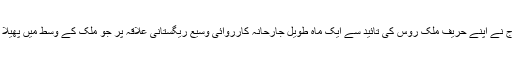
نگرانکار ادارہ نے آج کہا کہ شام کی سرکاری فوج نے اپنے حریف ملک روس کی تائید سے ایک ماہ طویل جارحانہ کارروائی وسیع ریگستانی علاقہ پر جو ملک کے وسط میں پھیلا ہوا ہے قبضہ کرنے کیلئے شروع کر رکھی ہے ۔